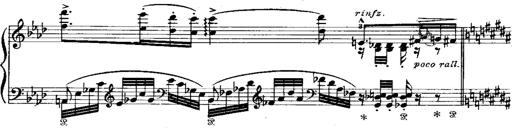
Title: Miserere du Trovatore
Composer: Franz Liszt